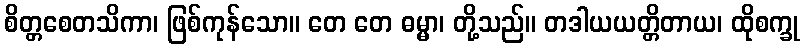
စိတ္တစေတသိကာ၊ ဖြစ်ကုန်သော။ တေ တေ ဓမ္မာ၊ တို့သည်။ တဒါယယတ္တိတာယ၊ ထိုစက္ခု